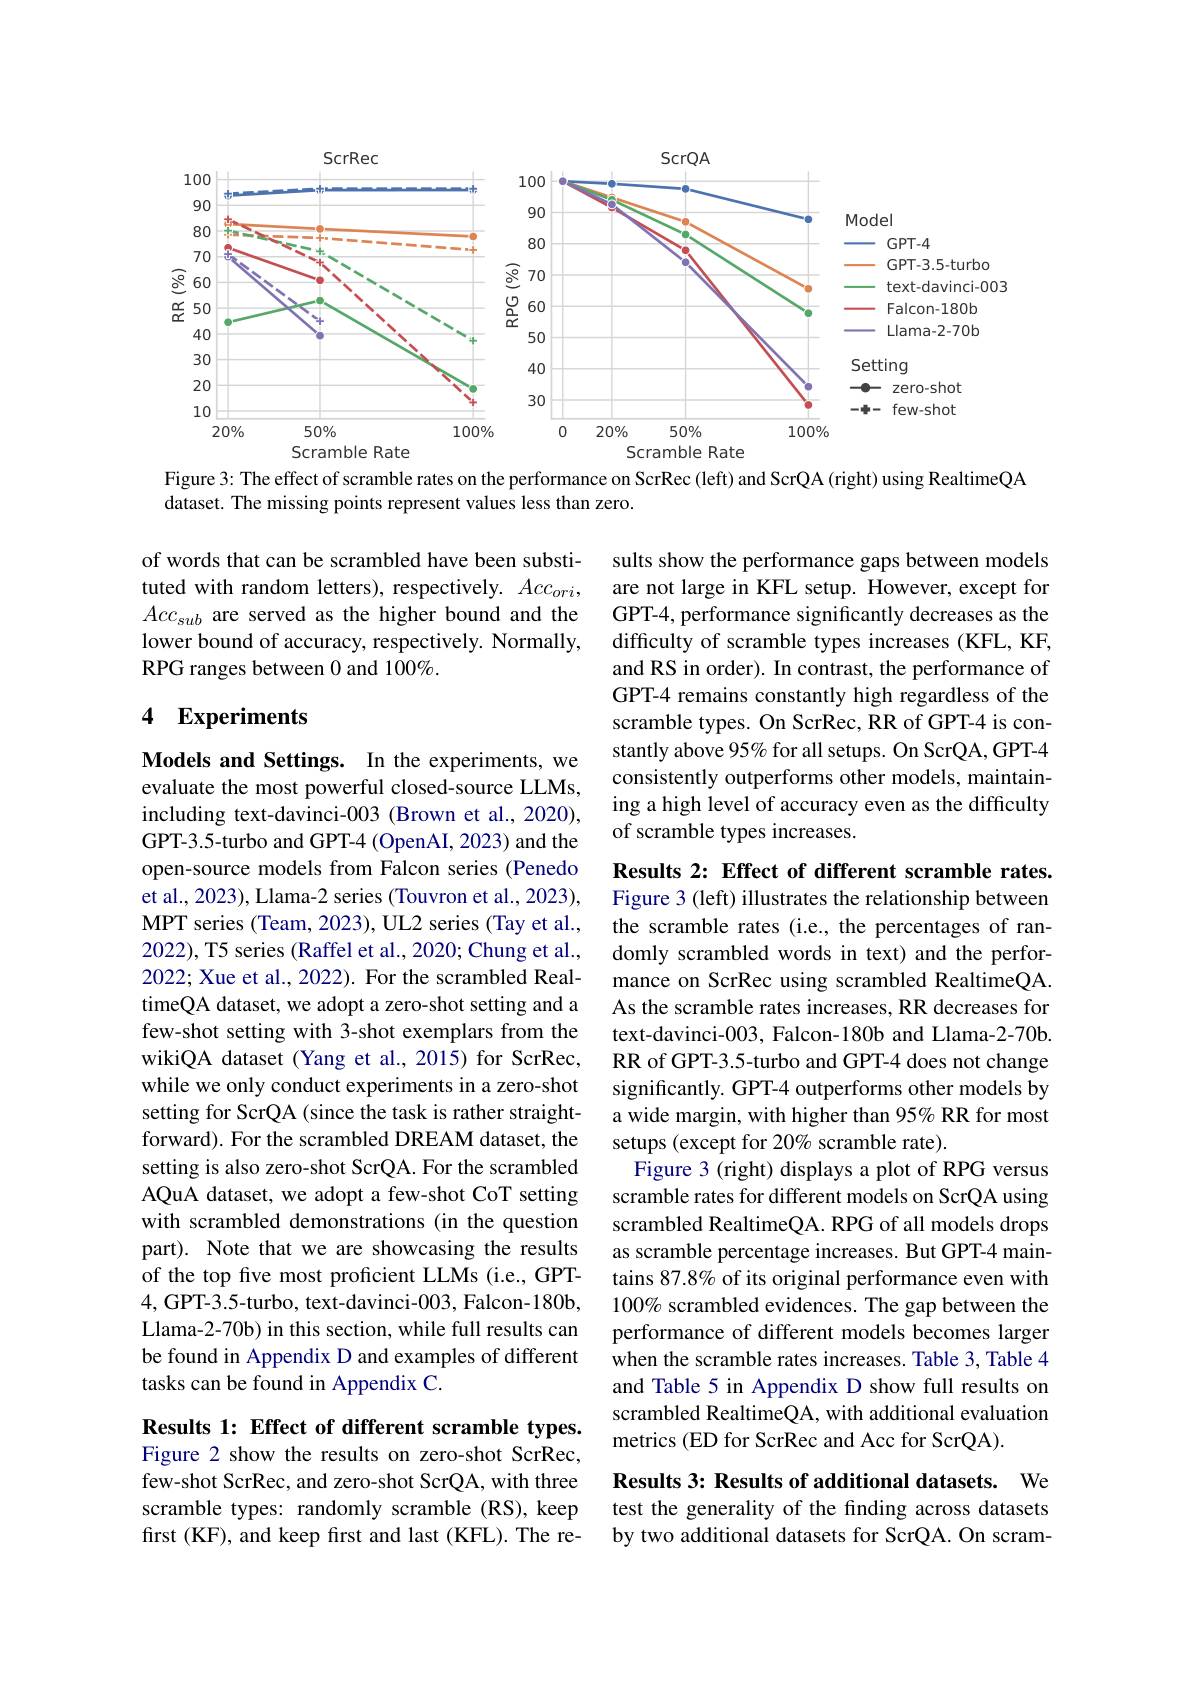
<FigureHere>

Figure 3: The effect of scramble rates on the performance on ScrRec (left) and ScrQA (right) using RealtimeQA
dataset. The missing points represent values less than zero.

of words that can be scrambled have been substituted with random letters), respectively. $Acc_{ori}$, $Acc_{sub}$ are served as the higher bound and the lower bound of accuracy, respectively. Normally, RPG ranges between 0 and 100%.

sults show the performance gaps between models are not large in KFL setup. However, except for GPT-4, performance significantly decreases as the difficulty of scramble types increases (KFL, KF, and RS in order). In contrast, the performance of GPT-4 remains constantly high regardless of the scramble types. On ScrRec, RR of GPT-4 is constantly above 95% for all setups. On ScrQA, GPT-4 consistently outperforms other models, maintaining a high level of accuracy even as the difficulty of scramble types increases.

## 4 Experiments

Models and Settings. In the experiments, we evaluate the most powerful closed-source LLMs, including text-davinci-003 (Brown et al., 2020), GPT-3.5-turbo and GPT-4 (OpenAI, 2023) and the open-source models from Falcon series (Penedo et al., 2023), Llama-2 series (Touvron et al., 2023), MPT series (Team, 2023), UL2 series (Tay et al., 2022), T5 series (Raffel et al., 2020; Chung et al., 2022; Xue et al., 2022). For the scrambled RealtimeQA dataset, we adopt a zero-shot setting and a few-shot setting with 3-shot exemplars from the wikiQA dataset (Yang et al., 2015) for ScrRec, while we only conduct experiments in a zero-shot setting for ScrQA (since the task is rather straightforward). For the scrambled DREAM dataset, the setting is also zero-shot ScrQA. For the scrambled AQuA dataset, we adopt a few-shot CoT setting with scrambled demonstrations (in the question part). Note that we are showcasing the results of the top five most proficient LLMs (i.e., GPT- 4,GPT-3.5-turbo, text-davinci-003, Falcon-180b, Llama-2-70b) in this section, while full results can be found in Appendix D and examples of different tasks can be found in Appendix C.

Results 2: Effect of different scramble rates. Figure 3 (left) illustrates the relationship between the scramble rates (i.e., the percentages of randomly scrambled words in text) and the performance on ScrRec using scrambled RealtimeQA. As the scramble rates increases, RR decreases for text-davinci-003, Falcon-180b and Llama-2-70b. RR of GPT-3.5-turbo and GPT-4 does not change significantly. GPT-4 outperforms other models by a wide margin, with higher than 95% RR for most setups (except for 20% scramble rate).
Figure 3 (right) displays a plot of RPG versus scramble rates for different models on ScrQA using scrambled RealtimeQA. RPG of all models drops as scramble percentage increases. But GPT-4 maintains 87.8% of its original performance even with 100% scrambled evidences. The gap between the performance of different models becomes larger when the scramble rates increases. Table 3, Table 4 and Table 5 in Appendix D show full results on scrambled RealtimeQA, with additional evaluation metrics (ED for ScrRec and Acc for ScrQA)

Results 1: Effect of different scramble types.

Figure 2 show the results on zero-shot ScrRec, few-shot ScrRec, and zero-shot ScrQA, with three scramble types: randomly scramble (RS), keep first (KF), and keep first and last (KFL). The re-

Results 3: Results of additional datasets. We test the generality of the finding across datasets by two additional datasets for ScrQA. On scram-